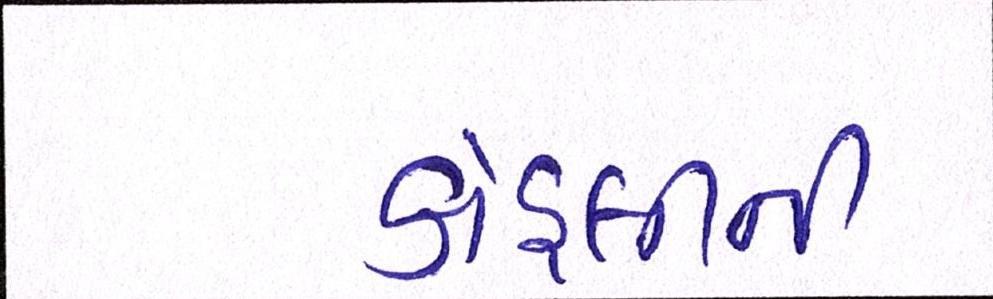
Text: કોહલીની